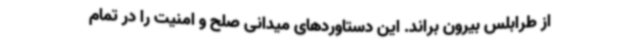
از طرابلس بیرون براند. این دستاوردهای میدانی صلح و امنیت را در تمام